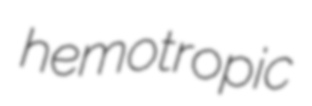
hemotropic